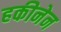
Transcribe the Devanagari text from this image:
हकीनेन